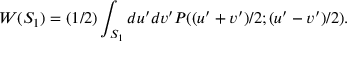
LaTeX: W ( S _ { 1 } ) = ( 1 / 2 ) \int _ { S _ { 1 } } d u ^ { \prime } d v ^ { \prime } P ( ( u ^ { \prime } + v ^ { \prime } ) / 2 ; ( u ^ { \prime } - v ^ { \prime } ) / 2 ) .